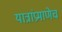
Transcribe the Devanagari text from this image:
यात्रांप्रमाणेच